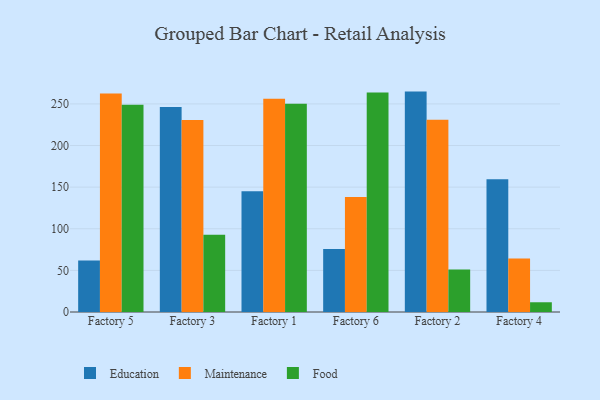
{"axis": {"x": "Factory", "y": "Headcount"}, "legend": ["Education", "Food", "Maintenance"], "data": [{"x": "Factory 5", "y": 61.8, "type": "Education"}, {"x": "Factory 5", "y": 262.5, "type": "Maintenance"}, {"x": "Factory 5", "y": 249.0, "type": "Food"}, {"x": "Factory 3", "y": 246.2, "type": "Education"}, {"x": "Factory 3", "y": 230.7, "type": "Maintenance"}, {"x": "Factory 3", "y": 92.9, "type": "Food"}, {"x": "Factory 1", "y": 145.2, "type": "Education"}, {"x": "Factory 1", "y": 256.2, "type": "Maintenance"}, {"x": "Factory 1", "y": 250.2, "type": "Food"}, {"x": "Factory 6", "y": 75.8, "type": "Education"}, {"x": "Factory 6", "y": 138.3, "type": "Maintenance"}, {"x": "Factory 6", "y": 263.8, "type": "Food"}, {"x": "Factory 2", "y": 264.8, "type": "Education"}, {"x": "Factory 2", "y": 231.0, "type": "Maintenance"}, {"x": "Factory 2", "y": 51.2, "type": "Food"}, {"x": "Factory 4", "y": 159.5, "type": "Education"}, {"x": "Factory 4", "y": 64.2, "type": "Maintenance"}, {"x": "Factory 4", "y": 11.7, "type": "Food"}]}